Vaccination in Bombay 1902-1912 - 1902-1912
Year: 1902
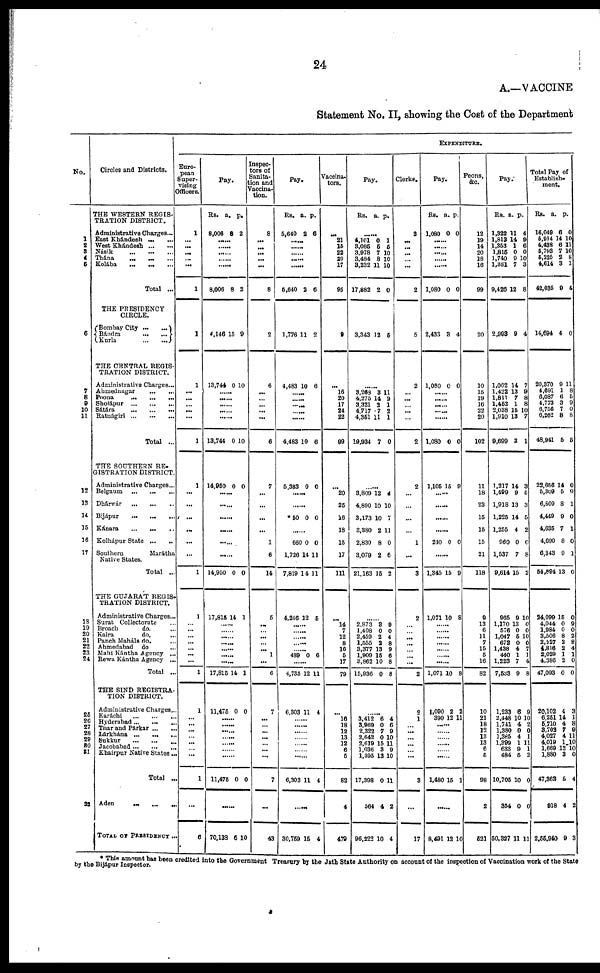
24
A.—VACCINE
Statement No. II, showing the Cost of the Department
No.
1
2
3
4
5
6
7
8
9
10
11
12
13
14
15
16
17
18
19
20
21
22
23
24
25
26
27
28
29
30
31
32
Circles and Districts.
THE WESTERN REGIS-
TRATION DISTRICT.
Administrative Charges...
East Khándesh ... ...
West Khándesh
...
...
Násik
...
...
...
Thána
...
... ...
Kolába
...
...
...
Total ...
THE PRESIDENCY
CIRCLE.
Bombay City
...
...
Bándra
...
...
Kurla
...
...
THE CENTRAL REGIS-
TRATION DISTRICT.
Administrative Charges...
Ahmednagar
...
...
Poona
...
...
...
Sholápur
...
...
...
Sátára
...
...
...
Ratnágiri
...
...
...
Total ...
THE SOUTHERN RE-
GISTRATION DISTRICT.
Administrative Charges...
Belgaum
...
...
...
Dhàrwár
...
...
...
Bijápur
...
...
...
Kánara
...
...
...
Kolhápur State
...
...
Southern
Marátha
Native States.
Total ...
THE GUJARAT REGIS-
TRATION DISTRICT.
Administrative Charges...
Surat Collectorate ...
Broach
do. ...
Kaira
do. ...
Panch Maháls do. ...
Ahmedabad
do ...
Mahi Kántha Agency ...
Rewa Kántha Agency ...
Total ...
THE SIND REGISTRA-
TION DISTRICT.
Administrative Charges...
Karáchi ... ... ...
Hyderabad ... ... ...
Thar and Párkar... ...
Lárkhána
...
...
...
Sukkur ... ... ...
Jacobabad ... ... ...
Khairpur Native States...
Total ...
Aden
...
...
...
TOTAL or PRESIDENCY ...
EXPENDITURE.
Euro-
pean
Super-
vising
Officers.
1
...
...
...
...
...
1
1
1
...
...
... ...
...
1
1
...
...
...
...
...
...
1
1
...
...
...
...
...
...
...
1
1
...
...
...
...
...
...
...
1
...
6
Pay.
Rs.
8,006
a.
8
p.
2
......
......
......
......
......
8,006 8 2
4,146 15 9
13,744 0 10
......
......
......
......
......
13,744 0 10
14,950 0 0
......
......
......
......
......
14,950 0 0
17,815 14 1
......
......
......
......
......
......
......
17,815 14 1
11,475 0 0
......
......
......
......
......
......
......
11,475 0 0
......
70,138 6 10
Inspec-
tors of
Sanita-
tion and
Vaccina-
tion.
8
...
...
...
...
...
8
2
6
...
...
... ...
...
6
7
...
...
...
...
1
6
14
5
...
...
...
...
... 1
...
6
7
...
...
...
...
...
...
...
7
...
43
Pay.
Rs.
5,640
a.
2
p.
6
......
......
......
......
5,640 2 6
1,776 11 2
4,483 10 6
......
......
......
......
......
4,483 10 6
5,383 0 0
......
......
*50 0 0
......
660
1,726
7,819
0
14
14
0
11
11
4,246 12 5
......
......
......
......
......
489 0 6
......
4,735 12 11
6,303 11 4
......
......
......
......
......
......
......
6,303 11 4
......
30,759 15 4
Vaccina¬
tors.
...
21
15
22
20 17
95
9
...
16
20
17
24
22
99
...
20
25
16
18
15
17
111
...
14
7
12
8
16
5
17
79
...
16
18
12
13
12
6
5
82
4
479
Pay.
Rs. a.
p.
......
4,101
3,085
3,978
3,484
3,232
17,882
0
5
7
8
11
2
1
5
10
10
10
0
3,343 12 5
......
3,268
4,275
3,321
4,717
4,351
19,934
3
14
2
7
11
7
11
9
1
2
1
0
......
3,809
4,890
3,173
3,380
2,830
3,079
21,163
12
10
10
2
8
2
15
4
10
7
11
0
6
2
......
2,873
1,408
2,459
1,555
3,377
1,909
3,862
15,936
3
0
2
2
13
15
10
0
9
0
4
8
9
6
8
8
......
3,412
3,969
2,322
2,642
2,619
1,036
1,395
17,398
564
96,222
6
0 7
0
15
3
13
0
4
10
4
6
9
10
11 9
10
11
2
4
Clerks.
2
...
...
...
... ...
2
5
2
... ...
... ...
...
2
2
...
...
...
...
1
...
3
2
...
...
...
...
...
...
...
2
2
1
...
...
...
...
...
...
3
...
17
Pay.
Rs.
1,080
a.
0
p.
0
......
......
......
......
......
1,080 0 0
2,433 3 4
1,080 0 0
......
......
......
......
......
1,080 0 0
1,105 15 9
......
......
......
......
240 0 0
......
1,345 15 9
1,071 10 8
......
......
......
......
......
......
......
1,071 10 8
1,090
390
2
12
2
11
......
......
......
......
......
......
1,480 15 1
......
8,491 12 10
Peons,
&c.
12
19
14
20
18
16
99
20
10
15
19
16
22
20
102
11
18
23
15
15
15
21
118
9
13
6
11
7
15
5
16
82
10
21
18
12
13
13
6
5
98
2
521
Pay.
Rs.
1,322
1,813
1,353
1,815
1,740
1,381
9,426
a.
11
14
1
0
9
7
12
p.
4
9
6
0
10
3
8
2,993 9 4
1,062
1,422
1,811
1,452
2,038
1,910
9,699
14
13
7
1
15
13
3
7
9
8
8
10
7
1
1,217
1,499
1,918
1,225
1,255
960
1,537
9,614
14
9
13
14
4
0
7
15
3
5
3
5
2
0
8
2
965
1,170
576
1,047
672
1,438
440
1,223
7,533
9
13
0
5
0
4
1
7
9
10
0
0
10
0
7
1
4
8
1,233
2,448
1,741
1,380
1,385
1,399
633
484
10,705
354
50,327
6
10
4
0
4
1
9
5
10
0
11
9
10
2
0
1
11
1
2
0
0
11
Total Pay of
Establish-
ment.
Rs.
16,049
5,914
4,438
5,793
5,225
4,614
42,035
a.
6
14
6
7
2
3
9
p.
0
10
11
10
8
1
4
14,694 4 0
20,370
4,691
6,087
4,773
6,756
6,262
48,941
9
1
6
3
7
8
5
11
8
6
9
0
8
5
22,656
5,309
6,809
4,449
4,635
4,690
6,343
54,894
14
5
8
9
7
8
9
13
0
9
1
0
1
0
1
0
24,099
4,044
1,984
3,506
2,227
4,816
2,029
4,386
47,093
15
0
0
8
2
2
1
2
0
0
9
0
2
8 4
1
0
0
20,102
6,251
5,710
3,702
4,027
4,019
1,669
1,880
47,363
918
2,55,940
4
14
4
7
4
1
12
3
5
4
9
3
1
8
9
11
10
10
0
4
2
3
* This amount has been credited in to the Government Treasury by the Jath State Authority on account of the inspection of Vaccination work of the State
by the Bijápur Inspector.